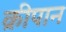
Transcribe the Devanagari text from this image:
क्रीपान